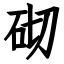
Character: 砌